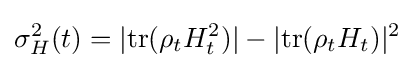
\sigma _{H}^{2}(t)=|{\text{tr}}(\rho _{t}H_{t}^{2})|-|{\text{tr}}(\rho _{t}H_{t})|^{2}